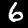
Digit: 6